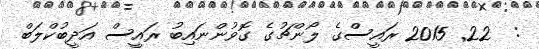
:  22